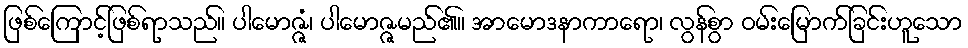
ဖြစ်ကြောင့်ဖြစ်ရာသည်။ ပါမောဇ္ဇံ၊ ပါမောဇ္ဇမည်၏။ အာမောဒနာကာရော၊ လွန်စွာ ဝမ်းမြောက်ခြင်းဟူသော